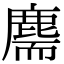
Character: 𪊫